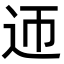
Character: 迊